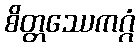
စိတ္တဿေကဂ္ဂံ